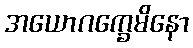
အယောဂက္ခေမိနော